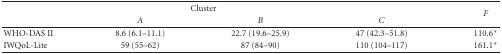
|  | <COLSPAN=2> Cluster |  | <ROWSPAN=2> F |
 |  | A | B | C |
 | --- | --- | --- | --- | --- |
 | WHO-DAS II | 8.6 (6.1–11.1) | 22.7 (19.6–25.9) | 47 (42.3–51.8) | 110.6* |
 | IWQoL-Lite | 59 (55–62) | 87 (84–90) | 110 (104–117) | 161.1* |